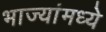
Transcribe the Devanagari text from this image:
भाज्यांमध्ये